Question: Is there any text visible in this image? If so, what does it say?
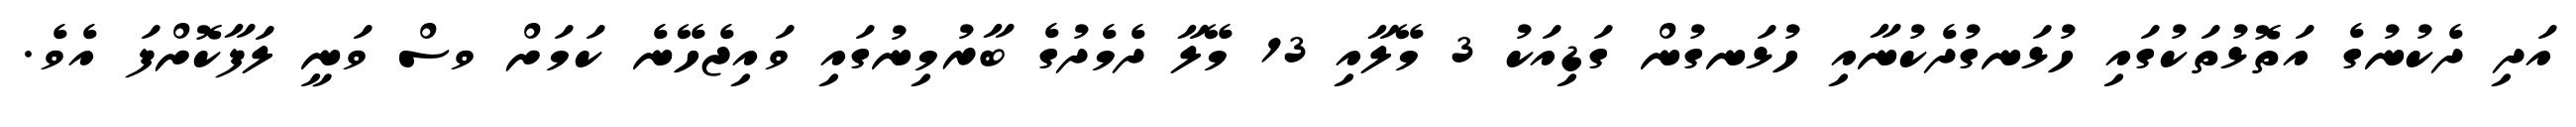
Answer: އަދި ދެކުނުގެ އަތޮޅުތަކުގައި ހުޅަނގުދެކުނާއި ހުޅަނގުން ގަޑިއަކު 3 މޭލާއި 13 މޭލާ ދެމެދުގެ ބާރުމިނުގައި ވައިޖެހޭނެ ކަމަށް ވސް ވަނީ ލަފާކޮށްފަ އެވެ.